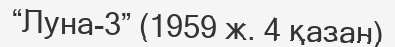
“Луна-3” (1959 ж. 4 қазан)